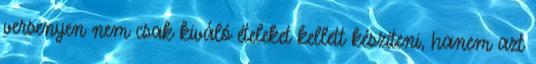
versenyen nem csak kiváló ételeket kellett készíteni, hanem azt